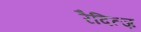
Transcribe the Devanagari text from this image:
रैदित्ज़